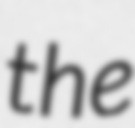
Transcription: the